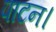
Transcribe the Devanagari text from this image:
पाटन।